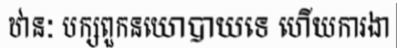
ឋានៈ បក្សពួកនយោបាយទេ ហើយការងា